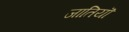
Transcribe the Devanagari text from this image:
जातियॊ